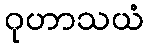
ဂုဟာသယံ